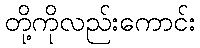
တို့ကိုလည်းကောင်း